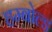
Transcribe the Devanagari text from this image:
हम्बोल्ड